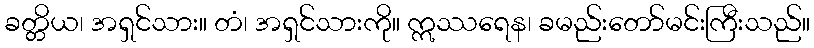
ခတ္တိယ၊ အရှင်သား။ တံ၊ အရှင်သားကို။ ဣဿရေန၊ ခမည်းတော်မင်းကြီးသည်။